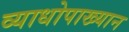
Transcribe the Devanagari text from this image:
व्याधोपाख्यान